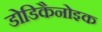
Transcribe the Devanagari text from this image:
डोडिकैनोइक